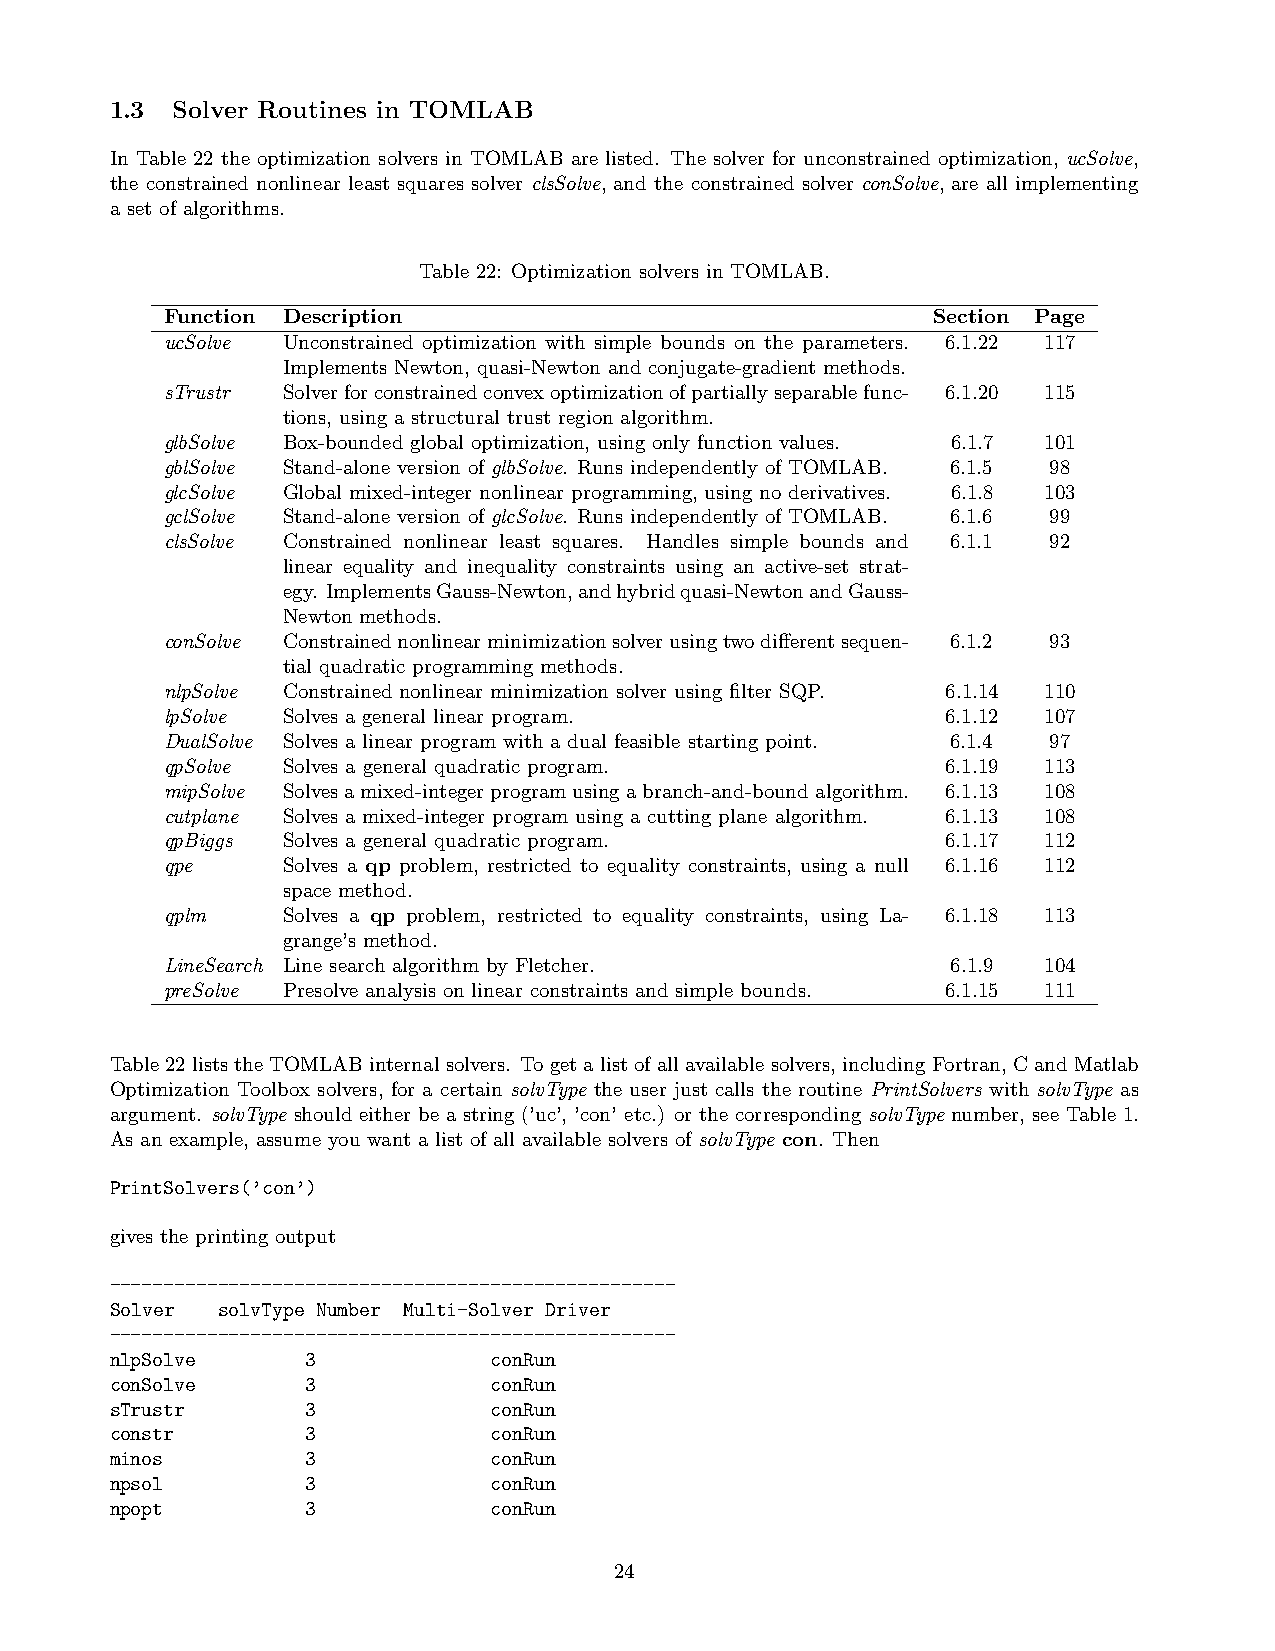
1.3 Solver Routines in TOMLAB
 In Table 22 the optimization solvers in TOMLAB are listed. The solver for unconstrained optimization, ucSolve,
 the constrained nonlinear least squares solver clsSolve, and the constrained solver conSolve, are all implementing
 a set of algorithms.
 Table 22: Optimization solvers in TOMLAB.
 Function Description                               Section Page
 ucSolve Unconstrained optimization with simple bounds on the parameters. 6.1.22 117
 Implements Newton, quasi-Newton and conjugate-gradient methods.
 sTrustr Solverforconstrainedconvexoptimizationofpartiallyseparablefunc- 6.1.20 115
 tions, using a structural trust region algorithm.
 glbSolve Box-bounded global optimization, using only function values. 6.1.7 101
 gblSolve Stand-alone version of glbSolve. Runs independently of TOMLAB. 6.1.5 98
 glcSolve Global mixed-integer nonlinear programming, using no derivatives. 6.1.8 103
 gclSolve Stand-alone version of glcSolve. Runs independently of TOMLAB. 6.1.6 99
 clsSolve Constrained nonlinear least squares. Handles simple bounds and 6.1.1 92
 linear equality and inequality constraints using an active-set strat-
 egy. ImplementsGauss-Newton,andhybridquasi-NewtonandGauss-
 Newton methods.
 conSolve Constrainednonlinearminimizationsolverusingtwodifferentsequen- 6.1.2 93
 tial quadratic programming methods.
 nlpSolve Constrained nonlinear minimization solver using filter SQP. 6.1.14 110
 lpSolve Solves a general linear program.            6.1.12 107
 DualSolve Solves a linear program with a dual feasible starting point. 6.1.4 97
 qpSolve Solves a general quadratic program.         6.1.19 113
 mipSolve Solvesamixed-integerprogramusingabranch-and-boundalgorithm. 6.1.13 108
 cutplane Solves a mixed-integer program using a cutting plane algorithm. 6.1.13 108
 qpBiggs Solves a general quadratic program.         6.1.17 112
 qpe     Solves a qp problem, restricted to equality constraints, using a null 6.1.16 112
 space method.
 qplm    Solves a qp problem, restricted to equality constraints, using La- 6.1.18 113
 grange’s method.
 LineSearch Line search algorithm by Fletcher.       6.1.9 104
 preSolve Presolve analysis on linear constraints and simple bounds. 6.1.15 111
 Table22liststheTOMLABinternalsolvers. Togetalistofallavailablesolvers, includingFortran, CandMatlab
 Optimization Toolbox solvers, for a certain solvType the user just calls the routine PrintSolvers with solvType as
 argument. solvType should either be a string (’uc’, ’con’ etc.) or the corresponding solvType number, see Table 1.
 As an example, assume you want a list of all available solvers of solvType con. Then
 PrintSolvers(’con’)
 gives the printing output
 ----------------------------------------------------
 Solver solvType Number Multi-Solver Driver
 ----------------------------------------------------
 nlpSolve     3            conRun
 conSolve     3            conRun
 sTrustr      3            conRun
 constr       3            conRun
 minos        3            conRun
 npsol        3            conRun
 npopt        3            conRun
 24